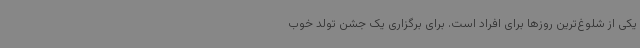
یکی از شلوغ‌ترین روزها برای افراد است. برای برگزاری یک جشن تولد خوب